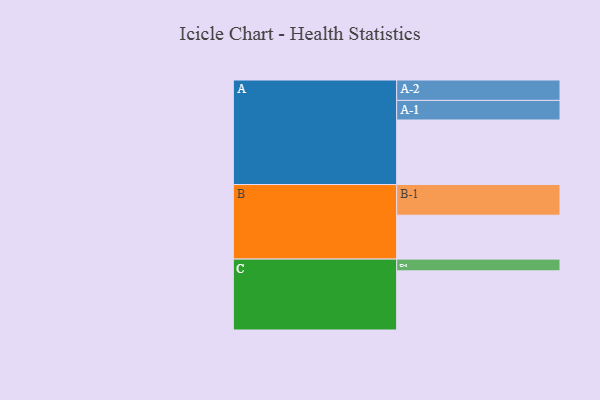
{"axis": {"x": "Segment", "y": "Value"}, "legend": ["", "A", "B", "C"], "data": [{"x": "A", "y": 560, "type": ""}, {"x": "B", "y": 381, "type": ""}, {"x": "C", "y": 513, "type": ""}, {"x": "A-1", "y": 170, "type": "A"}, {"x": "A-2", "y": 177, "type": "A"}, {"x": "B-1", "y": 266, "type": "B"}, {"x": "C-1", "y": 102, "type": "C"}]}